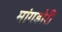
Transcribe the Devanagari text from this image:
मांगडोरी